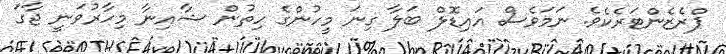
ޕްރެޒެންޓަރެކެވެ. ނަމަވެސް އައިޑޮލް ބަލާ ގިނަ މީހުންގެ ހިތުން ޝާއިނާ މިހާރުވަނީ ޖާގަ